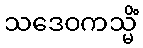
သဒေဝကသ္မိံ